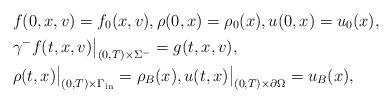
LaTeX: \begin{align*}&f(0,x,v)=f_{0}(x,v),\rho(0,x)=\rho_0(x),u(0,x)=u_0(x),\\&\gamma^-f(t,x,v)\big|_{(0,T)\times\Sigma^-}=g(t,x,v),\\&\rho(t,x)\big|_{(0,T)\times\Gamma_{\rm{in}}}=\rho_B(x),u(t,x)\big|_{(0,T)\times\partial\Omega}=u_B(x),\end{align*}